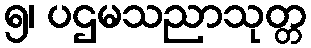
၅၊ ပဌမသညာသုတ္တ